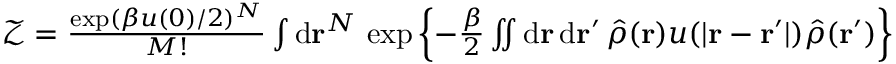
\begin{array} { r } { \mathcal { Z } = \frac { \exp ( \beta u ( 0 ) / 2 ) ^ { N } } { M ! } \int \mathrm { d } \mathbf { r } ^ { N } \, \exp \left\{ - \frac { \beta } { 2 } \iint \mathrm { d } \mathbf { r } \, \mathrm { d } \mathbf { r } ^ { \prime } \, \hat { \rho } ( \mathbf { r } ) u ( \vert \mathbf { r } - \mathbf { r } ^ { \prime } \vert ) \hat { \rho } ( \mathbf { r } ^ { \prime } ) \right\} } \end{array}